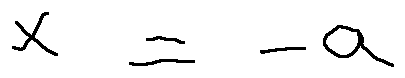
x = - a